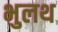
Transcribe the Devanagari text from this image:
भुलथ